Report of veterinary surgeon J.H. Steel, A.V.D., on his investigation into an obscure and fatal disease among transport mules in British Burma
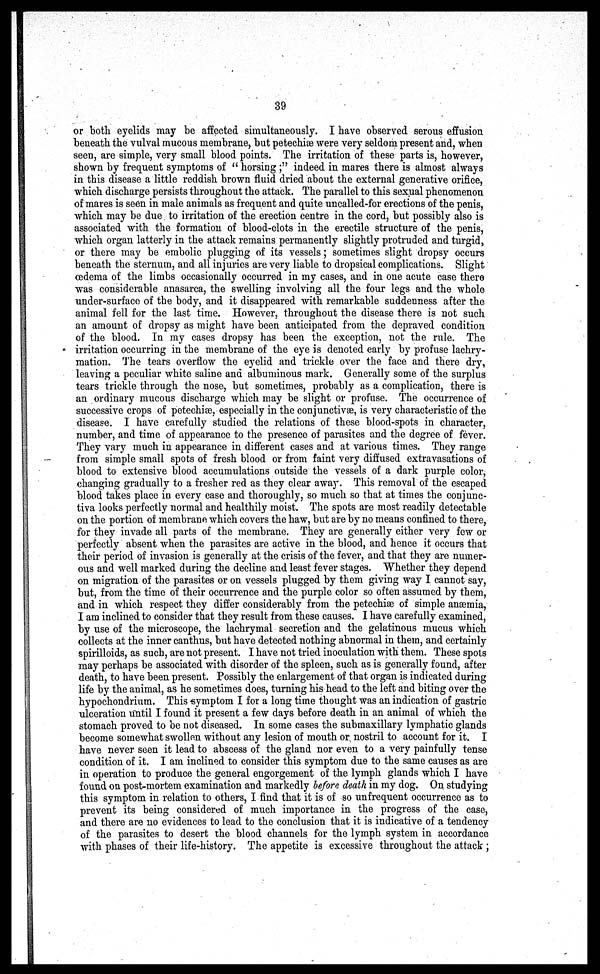
39
or both eyelids may be affected simultaneously. I have observed serous effusion
beneath the vulval mucous membrane, but petechiae were very seldom present and, when
seen, are simple, very small blood points. The irritation of these parts is, however,
shown by frequent symptoms of " horsing ;" indeed in mares there is almost always
in this disease a little reddish brown fluid dried about the external generative orifice,
which discharge persists throughout the attack. The parallel to this sexual phenomenon
of mares is seen in male animals as frequent and quite uncalled-for erections of the penis,
which may be due to irritation of the erection centre in the cord, but possibly also is
associated with the formation of blood-clots in the erectile structure of the penis,
which organ latterly in the attack remains permanently slightly protruded and turgid,
or there may be embolic plugging of its vessels; sometimes slight dropsy occurs
beneath the sternum, and all injuries are very liable to dropsical complications. Slight
oedema of the limbs occasionally occurred in my cases, and in one acute case there
was considerable anasarca, the swelling involving all the four legs and the whole
under-surface of the body, and it disappeared with remarkable suddenness after the
animal fell for the last time. However, throughout the disease there is not such
an amount of dropsy as might have been anticipated from the depraved condition
of the blood. In my cases dropsy has been the exception, not the rule. The
irritation occurring in the membrane of the eye is denoted early by profuse lachry-
mation. The tears overflow the eyelid and trickle over the face and there dry,
leaving a peculiar white saline and albuminous mark. Generally some of the surplus
tears trickle through the nose, but sometimes, probably as a complication, there is
an ordinary mucous discharge which may be slight or profuse. The occurrence of
successive crops of petechiæ, especially in the conjunctivae, is very characteristic of the
disease. I have carefully studied the relations of these blood-spots in character,
number, and time of appearance to the presence of parasites and the degree of fever.
They vary much in appearance in different cases and at various times. They range
from simple small spots of fresh blood or from faint very diffused extravasations of
blood to extensive blood accumulations outside the vessels of a dark purple color,
changing gradually to a fresher red as they clear away. This removal of the escaped
blood takes place in every case and thoroughly, so much so that at times the conjunc-
tiva looks perfectly normal and healthily moist. The spots are most readily detectable
on the portion of membrane which covers the haw, but are by no means confined to there,
for they invade all parts of the membrane. They are generally either very few or
perfectly absent when the parasites are active in the blood, and hence it occurs that
their period of invasion is generally at the crisis of the fever, and that they are numer-
ous and well marked during the decline and least fever stages. Whether they depend
on migration of the parasites or on vessels plugged by them giving way I cannot say,
but, from the time of their occurrence and the purple color so often assumed by them,
and in which respect they differ considerably from the petechias of simple anaemia,
I am inclined to consider that they result from these causes. I have carefully examined,
by use of the microscope, the lachrymal secretion and the gelatinous mucus which
collects at the inner canthus, but have detected nothing abnormal in them, and certainly
spirilloids, as such, are not present. I have not tried inoculation with them. These spots
may perhaps be associated with disorder of the spleen, such as is generally found, after
death, to have been present. Possibly the enlargement of that organ is indicated during
life by the animal, as he sometimes does, turning his head to the left and biting over the
hypochondrium. This symptom I for a long time thought was an indication of gastric
ulceration until I found it present a few days before death in an animal of which the
stomach proved to be not diseased. In some cases the submaxillary lymphatic glands
become somewhat swollen without any lesion of mouth or nostril to account for it. I
have never seen it lead to abscess of the gland nor even to a very painfully tense
condition of it. I am inclined to consider this symptom due to the same causes as are
in operation to produce the general engorgement of the lymph glands which I have
found on post-mortem examination and markedly before death in my dog. On studying
this symptom in relation to others, I find that it is of so unfrequent occurrence as to
prevent its being considered of much importance in the progress of the case,
and there are no evidences to lead to the conclusion that it is indicative of a tendency
of the parasites to desert the blood channels for the lymph system in accordance
with phases of their life-history. The appetite is excessive throughout the attack ;